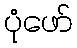
ပုံဖော်